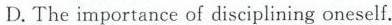
D.The importance of disciplining oneself.